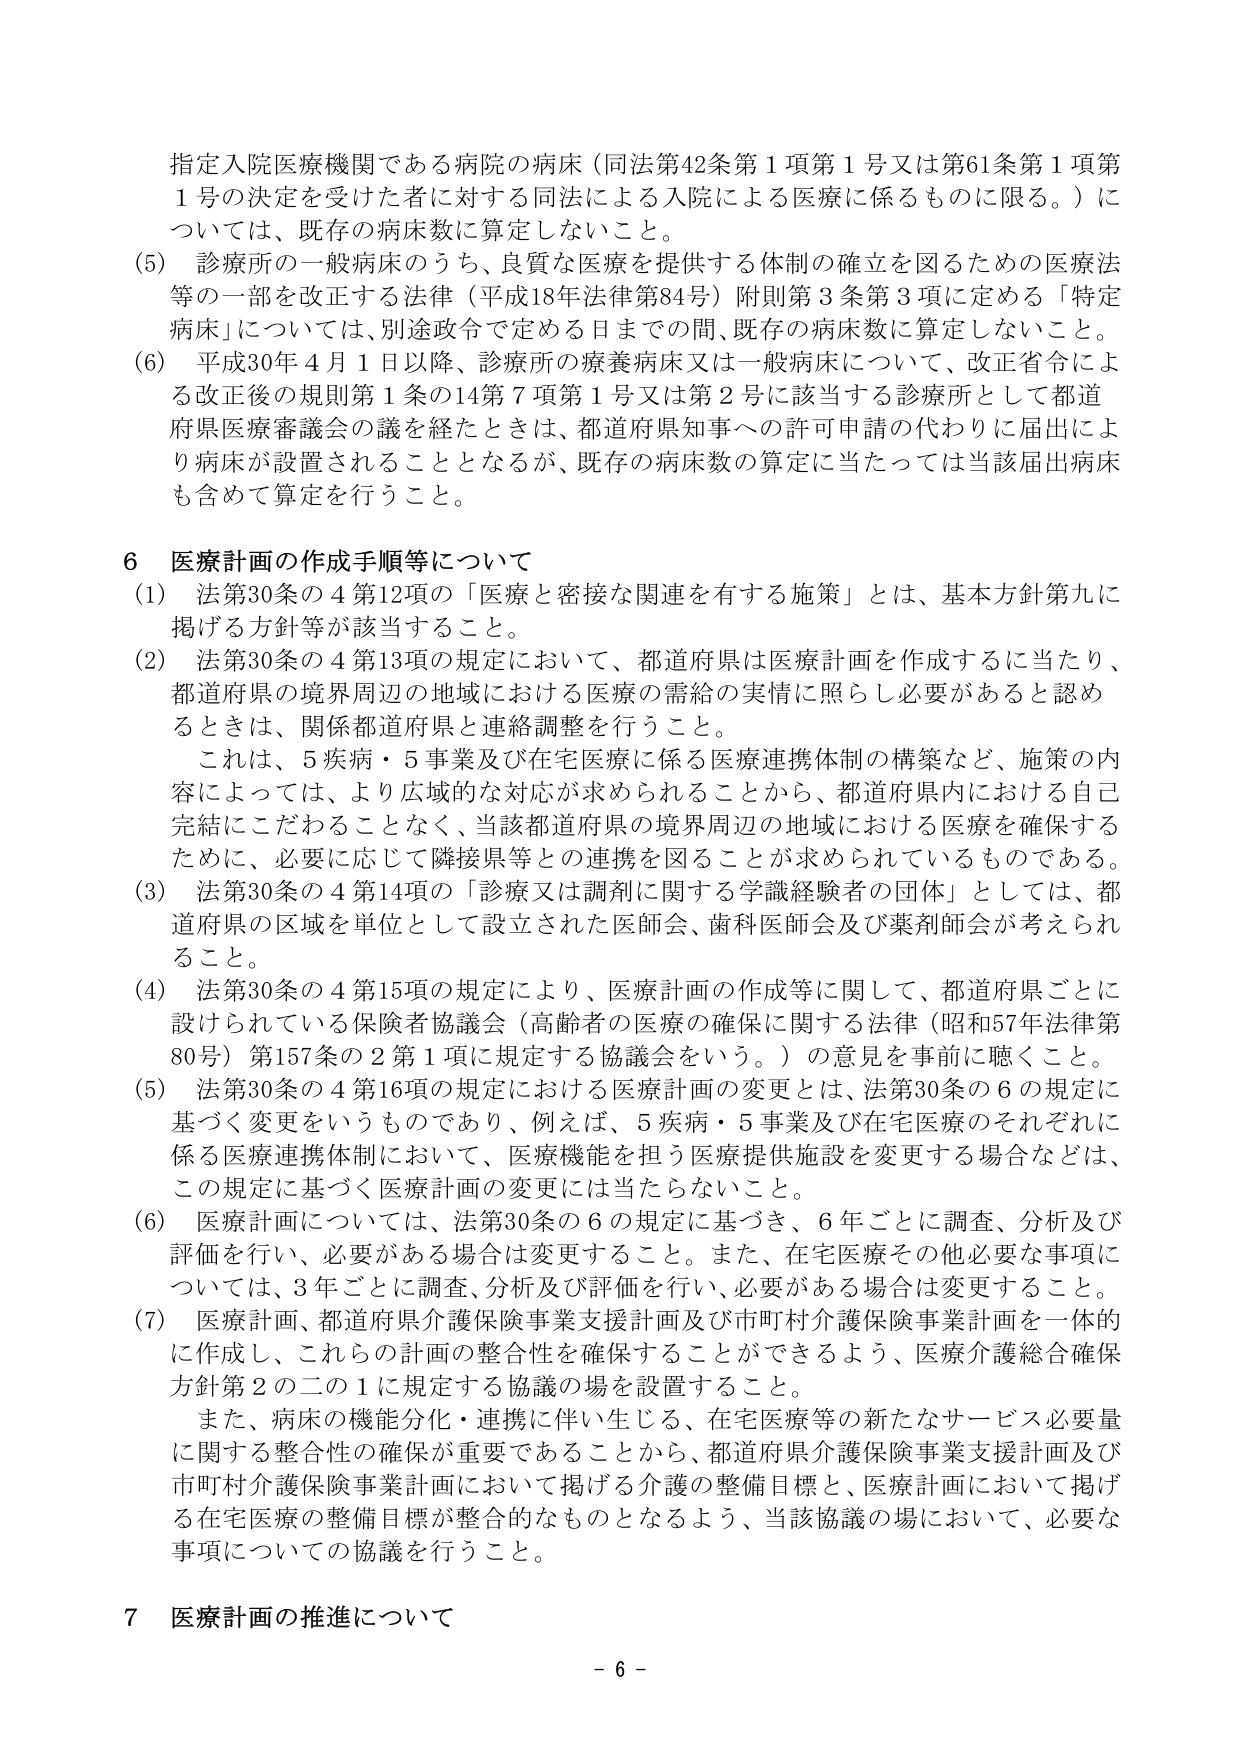
指定入院医療機関である病院の病床（同法第42条第1項第1号又は第61条第1項第1号の決定を受けた者に対する同法による入院による医療に係るものに限る。）については、既存の病床数に算定しないこと。

(5) 診療所の一般病床のうち、良質な医療を提供する体制の確立を図るための医療法等の一部を改正する法律（平成18年法律第84号）附則第3条第3項に定める「特定病床」については、別途政令で定める日までの間、既存の病床数に算定しないこと。

(6) 平成30年4月1日以降、診療所の療養病床又は一般病床について、改正省令による改正後の規則第1条の14第7項第1号又は第2号に該当する診療所として都道府県医療審議会の議を経たときは、都道府県知事への許可申請の代わりに届出により病床が設置されることとなるが、既存の病床数の算定に当たっては当該届出病床も含めて算定を行うこと。

6 医療計画の作成手順等について

(1) 法第30条の4第12項の「医療と密接な関連を有する施策」とは、基本方針第九に掲げる方針等が該当すること。

(2) 法第30条の4第13項の規定において、都道府県は医療計画を作成するに当たり、都道府県の境界周辺の地域における医療の需給の実情に照らし必要があると認めるときは、関係都道府県と連絡調整を行うこと。

これは、5疾病・5事業及び在宅医療に係る医療連携体制の構築など、施策の内容によっては、より広域的な対応が求められることから、都道府県内における自己完結にこだわることなく、当該都道府県の境界周辺の地域における医療を確保するために、必要に応じて隣接県等との連携を図ることが求められているものである。

(3) 法第30条の4第14項の「診療又は調剤に関する学識経験者の団体」としては、都道府県の区域を単位として設立された医師会、歯科医師会及び薬剤師会が考えられること。

(4) 法第30条の4第15項の規定により、医療計画の作成等に関して、都道府県ごとに設けられている保険者協議会（高齢者の医療の確保に関する法律（昭和57年法律第80号）第157条の2第1項に規定する協議会をいう。）の意見を事前に聴くこと。

(5) 法第30条の4第16項の規定における医療計画の変更とは、法第30条の6の規定に基づく変更をいうものであり、例えば、5疾病・5事業及び在宅医療のそれぞれに係る医療連携体制において、医療機能を担う医療提供施設を変更する場合などは、この規定に基づく医療計画の変更には当たらないこと。

(6) 医療計画については、法第30条の6の規定に基づき、6年ごとに調査、分析及び評価を行い、必要がある場合は変更すること。また、在宅医療その他必要な事項については、3年ごとに調査、分析及び評価を行い、必要がある場合は変更すること。

(7) 医療計画、都道府県介護保険事業支援計画及び市町村介護保険事業計画を一体的に作成し、これらの計画の整合性を確保することができるよう、医療介護総合確保方針第2の二の1に規定する協議の場を設置すること。

また、病床の機能分化・連携に伴い生じる、在宅医療等の新たなサービス必要量に関する整合性の確保が重要であることから、都道府県介護保険事業支援計画及び市町村介護保険事業計画において掲げる介護の整備目標と、医療計画において掲げる在宅医療の整備目標が整合的なものとなるよう、当該協議の場において、必要な事項についての協議を行うこと。

7 医療計画の推進について

- 6 -